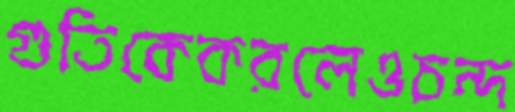
গুতিকেকরলেওচন্দ